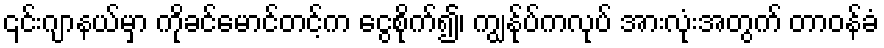
၎င်းဂျာနယ်မှာ ကိုခင်မောင်တင့်က ငွေစိုက်၍၊ ကျွန်ုပ်ကလုပ် အားလုံးအတွက် တာဝန်ခံ